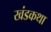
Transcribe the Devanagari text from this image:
खंडकथा